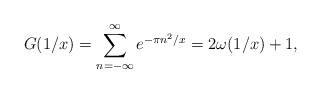
\begin{align*}G(1/x) = \sum\limits_{n=-\infty}^\infty e^{-\pi n^2/x} = 2\omega(1/x)+1,\end{align*}